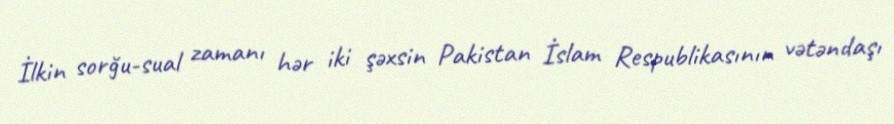
İlkin sorğu-sual zamanı hər iki şəxsin Pakistan İslam Respublikasının vətəndaşı